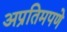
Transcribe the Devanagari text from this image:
अप्रतिमपणे